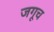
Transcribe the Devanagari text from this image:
जगूच